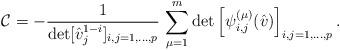
LaTeX: \begin{align*}\mathcal{C}=-\frac{1}{\det[\hat{v}_j^{1-i}]_{i,j=1,...,p}}\, \sum_{\mu=1}^m \det\left[ \psi_{i,j}^{(\mu)}(\hat{v})\right]_{i,j=1,...,p} .\end{align*}